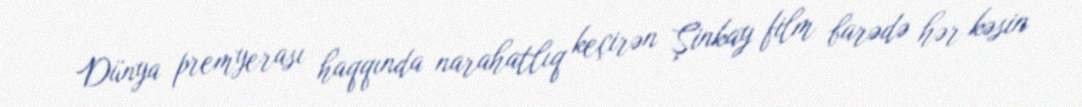
Dünya premyerası haqqında narahatlıq keçirən Şinkay film barədə hər kəsin